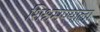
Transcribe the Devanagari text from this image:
शिश्नमण्याला